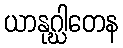
ယာနုဂ္ဃါတေန